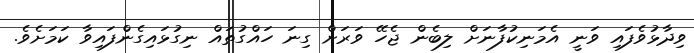
ވިދާޅުވެފައި ވަނީ އެމަނިކުފާނަށް ލިބެން ޖެހޭ ވަރަށް ގިނަ ހައްގުތައް ނިގުޅައިގެންފައިވާ ކަމަށެވެ.